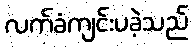
လက်ခံကျင်းပခဲ့သည်